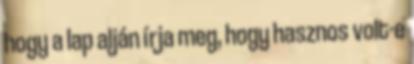
hogy a lap alján írja meg, hogy hasznos volt-e